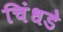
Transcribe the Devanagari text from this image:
चिंधडे